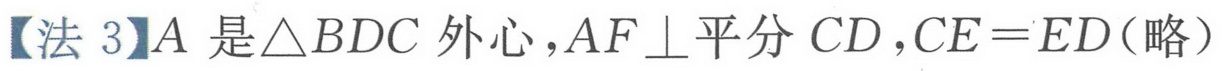
【法 3】\(A\)是\(\triangle BDC\)外心，\(AF\perp\)平分 \(CD\)，\(CE = ED\)(略）